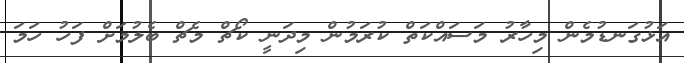
އަޅުގަނޑުމެން މިހާރު މަސައްކަތް ކުރަމުން މިދަނީ ކޯޗް މެޗް ބެލުމަށް ފަހު ހަމަ